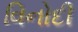
વિનોદી